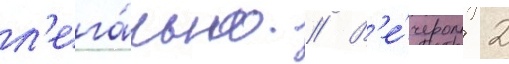
л'ега́льно // В'е́чером 2